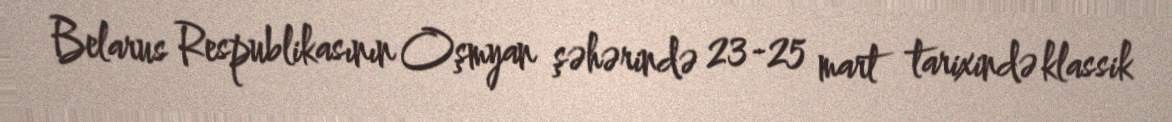
Belarus Respublikasının Oşmyan şəhərində 23-25 mart tarixində klassik